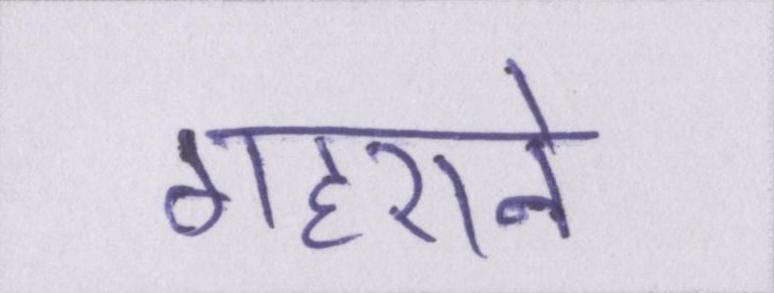
गहराने